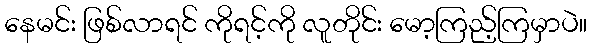
နေမင်း ဖြစ်လာရင် ကိုရင့်ကို လူတိုင်း မော့ကြည့်ကြမှာပဲ။